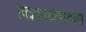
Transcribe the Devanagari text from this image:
विज्ञानक्षेत्रातील